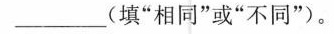
\underline(填”相同”或”不同”。